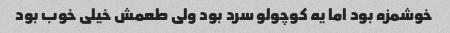
خوشمزه بود اما یه کوچولو سرد بود ولی طعمش خیلی خوب بود